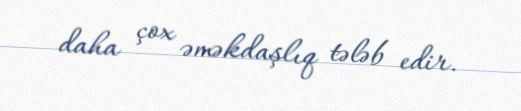
daha çox əməkdaşlıq tələb edir.